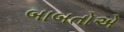
બાબતોએ